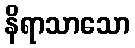
နိရာသာသော